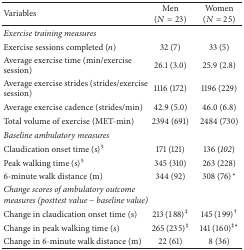
<table><thead><tr><td><b>Variables</b></td><td><b>Men(<i>N</i> = 23)</b></td><td><b>Women(<i>N</i> = 25)</b></td></tr></thead><tbody><tr><td><i>Exercise training measures</i></td><td> </td><td> </td></tr><tr><td>Exercise sessions completed (<i>n</i>)</td><td>32 (7)</td><td>33 (5)</td></tr><tr><td>Average exercise time (min/exercise session)</td><td>26.1 (3.0)</td><td>25.9 (2.8)</td></tr><tr><td>Average exercise strides (strides/exercise session)</td><td>1116 (172)</td><td>1196 (229)</td></tr><tr><td>Average exercise cadence (strides/min)</td><td>42.9 (5.0)</td><td>46.0 (6.8)</td></tr><tr><td>Total volume of exercise (MET-min)</td><td>2394 (691)</td><td>2484 (730)</td></tr><tr><td><i>Baseline ambulatory measures</i></td><td> </td><td> </td></tr><tr><td>Claudication onset time (s)<sup>§</sup></td><td>171 (121)</td><td>136 (<i>102</i>)</td></tr><tr><td>Peak walking time (s)<sup>§</sup></td><td>345 (310)</td><td>263 (228)</td></tr><tr><td>6-minute walk distance (m)</td><td>344 (92)</td><td>308 (76)<sup><i>∗</i></sup></td></tr><tr><td><i>Change scores of ambulatory outcome measures (posttest value − baseline value)</i></td><td> </td><td> </td></tr><tr><td>Change in claudication onset time (s)</td><td>213 (188)<sup>‡</sup></td><td>145 (199)<sup>†</sup></td></tr><tr><td>Change in peak walking time (s)</td><td>265 (235)<sup>‡</sup></td><td>141 (160)<sup>‡<i>∗</i></sup></td></tr><tr><td>Change in 6-minute walk distance (m)</td><td>22 (61)</td><td>8 (36)</td></tr></tbody></table>